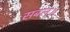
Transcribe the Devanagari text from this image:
सबल॥